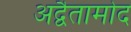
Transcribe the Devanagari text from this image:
अद्वैतामोद